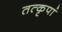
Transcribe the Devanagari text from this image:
तत्कृपां